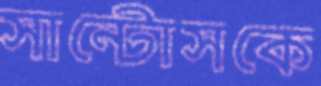
সান্টোসকে